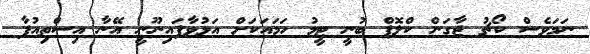
ނަމަވެސް ކޯޗު ޖާގަން ކްލޮޕް ބުނީ ޓީމު ހަމައަކަށް އަޅުވާފައިނޫނީ އޭނާ އިސްތިއުފާ